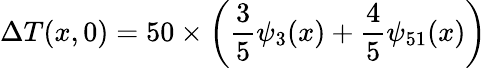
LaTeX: \Delta{T}(x,0)=50\times\left(\frac{3}{5}\psi_{3}(x)+\frac{4}{5}\psi_{51}(x)\right)